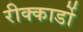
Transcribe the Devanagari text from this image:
रीक्कार्डो